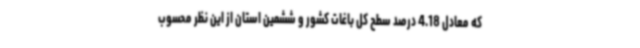
که معادل 4.18 درصد سطح کل باغات کشور و ششمین استان از این نظر محسوب